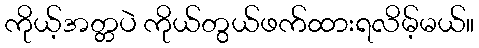
ကိုယ့်အတ္တပဲ ကိုယ်တွယ်ဖက်ထားရလိမ့်မယ်။